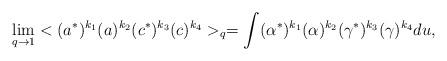
LaTeX: \begin{align*}\lim _{q\to 1}<(a^{*})^{k_{1}}(a)^{k_{2}}(c^{*})^{k_{3}}(c)^{k_{4}}>_{q}=\int (\alpha ^{*})^{k_{1}}(\alpha )^{k_{2}}(\gamma ^{*})^{k_{3}}(\gamma)^{k_{4}} du ,\end{align*}